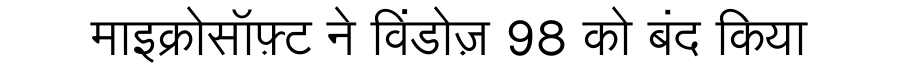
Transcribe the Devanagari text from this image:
माइक्रोसॉफ़्ट ने विंडोज़ 98 को बंद किया